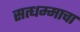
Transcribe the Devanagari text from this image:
सत्धम्माचा